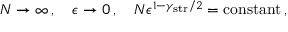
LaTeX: N \rightarrow \infty \, , \quad \epsilon \rightarrow 0 \, , \quad N \epsilon ^ { 1 - \gamma _ { \mathrm { s t r } } / 2 } = \mathrm { c o n s t a n t } \, ,